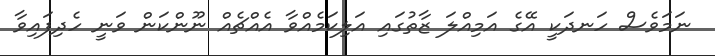
ނަމަވެސް ހަނދަކީ އޭގެ އަމިއްލަ ޒާތުގައި އަލިކަމެއްވާ އެއްޗެއް ނޫންކަން ވަނީ ހެދިފައިވާ